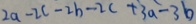
2 a - 2 c - 2 b - 2 c + 3 a - 3 b